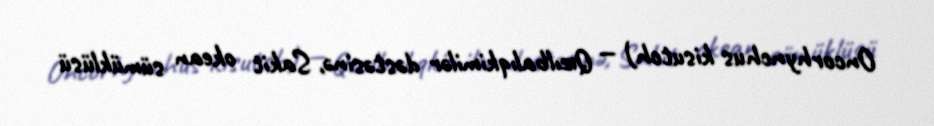
Oncorhynchus kisutch) — Qızılbalıqkimilər dəstəsinə, Sakit okean sümüklüsü